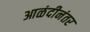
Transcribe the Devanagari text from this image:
आळंदीनंतर